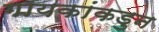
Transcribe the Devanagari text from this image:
गायकांकडुन